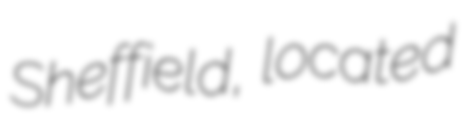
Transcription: Sheffield, located